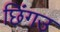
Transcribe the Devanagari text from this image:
छिंगउ